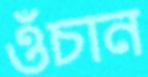
ওঁচান